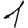
Digit: 1